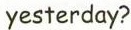
yesterday?